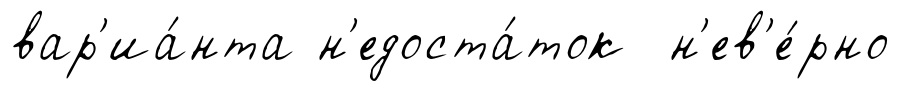
вар'иа́нта н'едоста́ток н'ев'е́рно